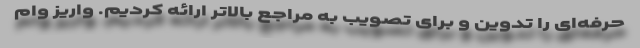
حرفه‌ای را تدوین و برای تصویب به مراجع بالاتر ارائه کردیم. واریز وام